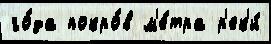
го́да покро́в м'е́тра р'ек'и́